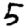
Digit: 5